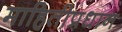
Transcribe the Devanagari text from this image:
माहितीप्रधान